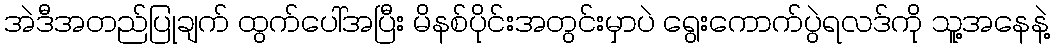
အဲဒီအတည်ပြုချက် ထွက်ပေါ်အပြီး မိနစ်ပိုင်းအတွင်းမှာပဲ ရွေးကောက်ပွဲရလဒ်ကို သူ့အနေနဲ့